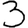
Digit: 3